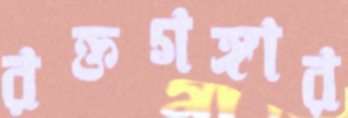
রক্তগঙ্গার